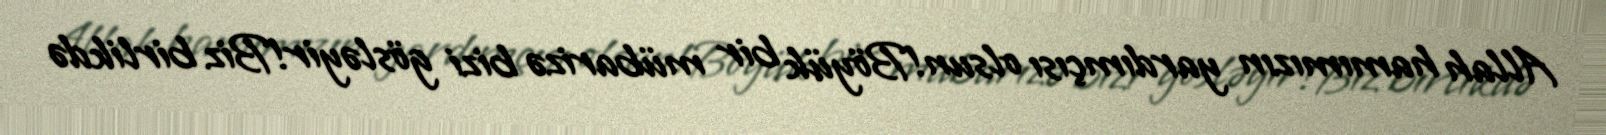
Allah hamımızın yardımçısı olsun!Böyük bir mübarizə bizi gösləyir!Biz birlikdə